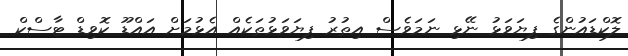
ލޮކްޑައުންގެ ފިޔަވަޅު ނޭޅި ނަމަވެސް އިތުރު ފިޔަވަޅުތަކެއް އެޅުމަށް އައްޑޫ ކޮވިޑް ޓާސްކް